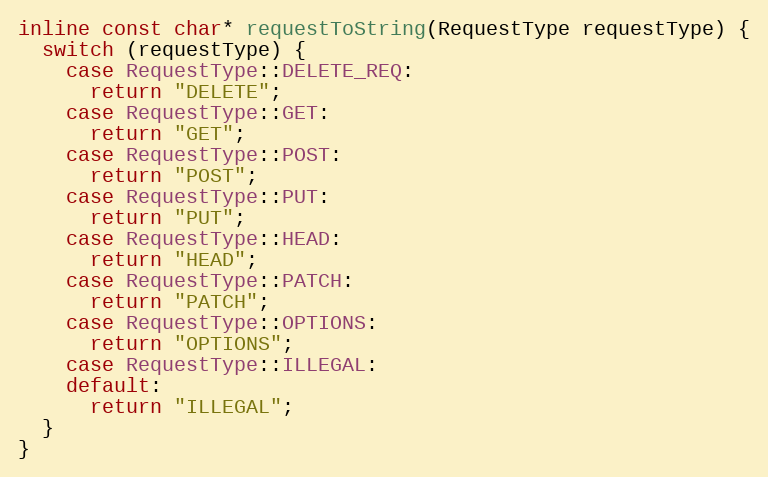
Language: C
inline const char* requestToString(RequestType requestType) {
  switch (requestType) {
    case RequestType::DELETE_REQ:
      return "DELETE";
    case RequestType::GET:
      return "GET";
    case RequestType::POST:
      return "POST";
    case RequestType::PUT:
      return "PUT";
    case RequestType::HEAD:
      return "HEAD";
    case RequestType::PATCH:
      return "PATCH";
    case RequestType::OPTIONS:
      return "OPTIONS";
    case RequestType::ILLEGAL:
    default:
      return "ILLEGAL";
  }
}